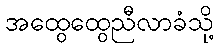
အထွေထွေညီလာခံသို့